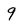
Character: 9